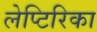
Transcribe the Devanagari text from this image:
लेप्टिरिका